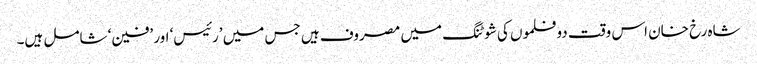
شاہ رخ خان اس وقت دو فلموں کی شوٹنگ میں مصروف ہیں جس میں ’رئیس‘ اور ’فین‘ شامل ہیں۔